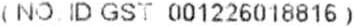
( NO ID GST 001226018816 )